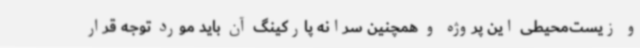
و زیست‌محیطی این پروژه و همچنین سرانه پارکینگ آن باید مورد توجه قرار